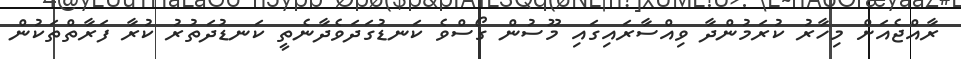
ރާއްޖެއަށް މިހާރު ކުރަމުންދާ ވިއްސާރައިގައި މޫސުން ގޯސްވެ ކަނޑުގަދަވެދާނެތީ ކަނޑުދަތުރު ކުރާ ފަރާތްތަކުން